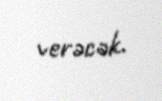
verəcək.